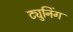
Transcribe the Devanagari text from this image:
ट्युनिंग